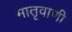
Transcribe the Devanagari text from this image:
मातृवाणी